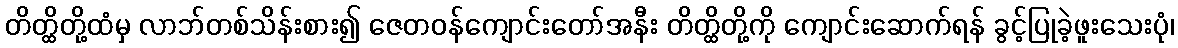
တိတ္ထိတို့ထံမှ လာဘ်တစ်သိန်းစား၍ ဇေတဝန်ကျောင်းတော်အနီး တိတ္ထိတို့ကို ကျောင်းဆောက်ရန် ခွင့်ပြုခဲ့ဖူးသေးပုံ၊